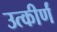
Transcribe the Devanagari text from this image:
उत्कीर्णं